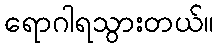
ရောဂါရသွားတယ်။